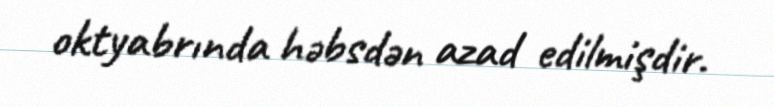
oktyabrında həbsdən azad edilmişdir.